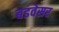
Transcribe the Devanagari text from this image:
बडवेसर